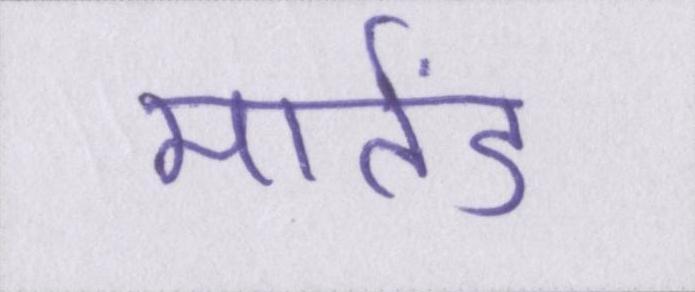
मार्तंड